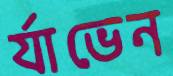
র‍্যাভেন